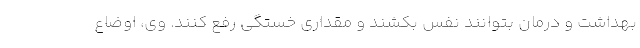
بهداشت و درمان بتوانند نفس بکشند و مقداری خستگی رفع کنند. وی، اوضاع